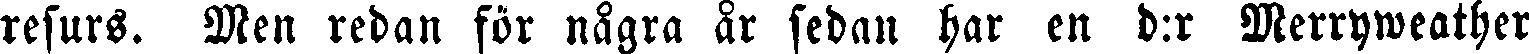
resurs. Men redan för några år sedan har en d:r Merryweather